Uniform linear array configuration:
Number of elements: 8
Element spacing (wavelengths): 0.25
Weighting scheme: exponential
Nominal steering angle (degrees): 15
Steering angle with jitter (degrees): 13.205
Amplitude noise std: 0.05
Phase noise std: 0.05

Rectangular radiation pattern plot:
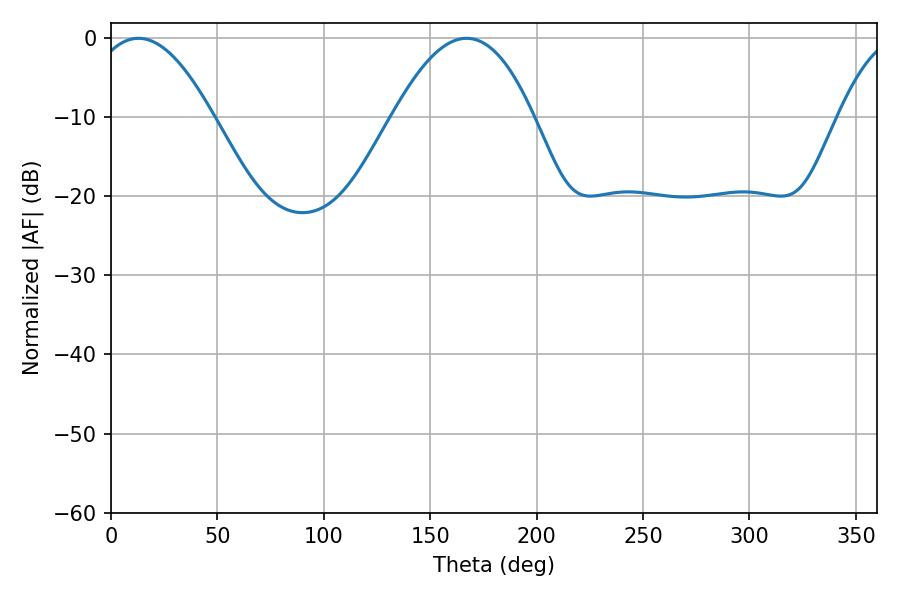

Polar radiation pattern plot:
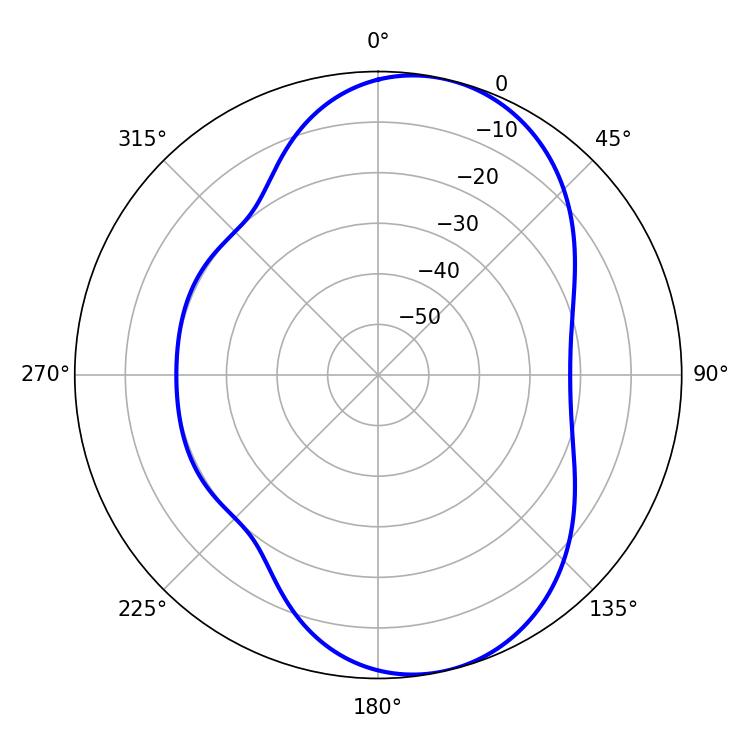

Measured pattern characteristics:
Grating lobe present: FALSE
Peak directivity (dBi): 8.073
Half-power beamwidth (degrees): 31.5
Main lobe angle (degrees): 12.96